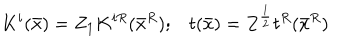
LaTeX: K ^ { i } ( \bar { x } ) = Z _ { 1 } K ^ { i R } ( \bar { x } ^ { R } ) ; t ( \bar { x } ) = Z ^ { \frac { 1 } { 2 } } t ^ { R } ( \bar { x } ^ { R } )